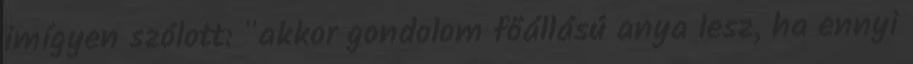
imígyen szólott: "akkor gondolom főállású anya lesz, ha ennyi